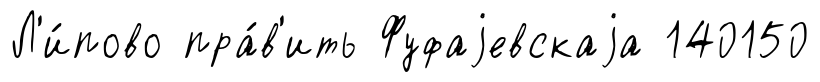
Л'и́пово пра́в'ить Фуфаjевскаjа 140150